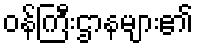
ဝန်ကြီးဌာနများ၏